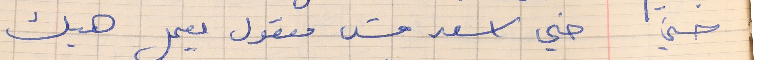
حسني    خي اسعد مش معقول يعمل هيك